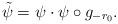
LaTeX: \begin{align*} \tilde{\psi} = \psi \cdot \psi \circ g_{-r_0}. \end{align*}